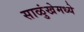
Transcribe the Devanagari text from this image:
साळुंखेमध्ये